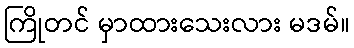
ကြိုတင် မှာထားသေးလား မဒမ်။